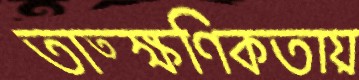
তাত্ক্ষণিকতায়